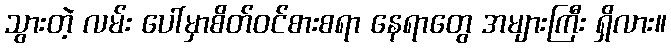
သွားတဲ့ လမ်း ပေါ်မှာစိတ်ဝင်စားစရာ နေရာတွေ အများကြီး ရှိလား။